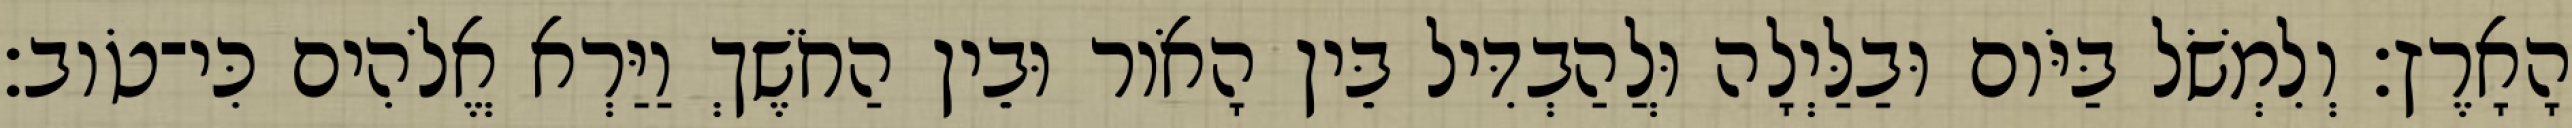
הָאָרֶץ׃ וְלִמְשֹׁל בַּיֹּום וּבַלַּיְלָה וּלֲהַבְדִּיל בֵּין הָאֹור וּבֵין הַחֹשֶׁךְ וַיַּרְא אֱלֹהִים כִּי־טֹוב׃